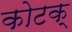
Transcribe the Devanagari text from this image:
कोटक्